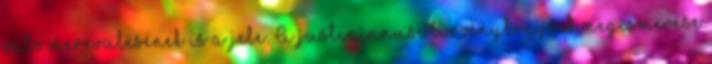
való merevülésének is a jele. A justinianusi törvénykönyvek megismerése